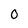
Character: 0